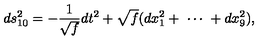
d s _ { 1 0 } ^ { 2 } = - \frac { 1 } { \sqrt { f } } d t ^ { 2 } + \sqrt { f } ( d x _ { 1 } ^ { 2 } + \ \cdots \ + d x _ { 9 } ^ { 2 } ) ,